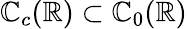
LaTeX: \mathbb{C}_{c}(\mathbb{{R}})\subset\mathbb{C}_{0}(\mathbb{{R}})